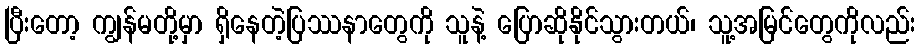
ပြီးတော့ ကျွန်မတို့မှာ ရှိနေတဲ့ပြဿနာတွေကို သူနဲ့ ပြောဆိုနိုင်သွားတယ်၊ သူ့အမြင်တွေကိုလည်း